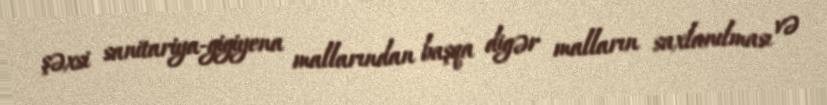
şəxsi sanitariya-gigiyena mallarından başqa digər malların saxlanılması və